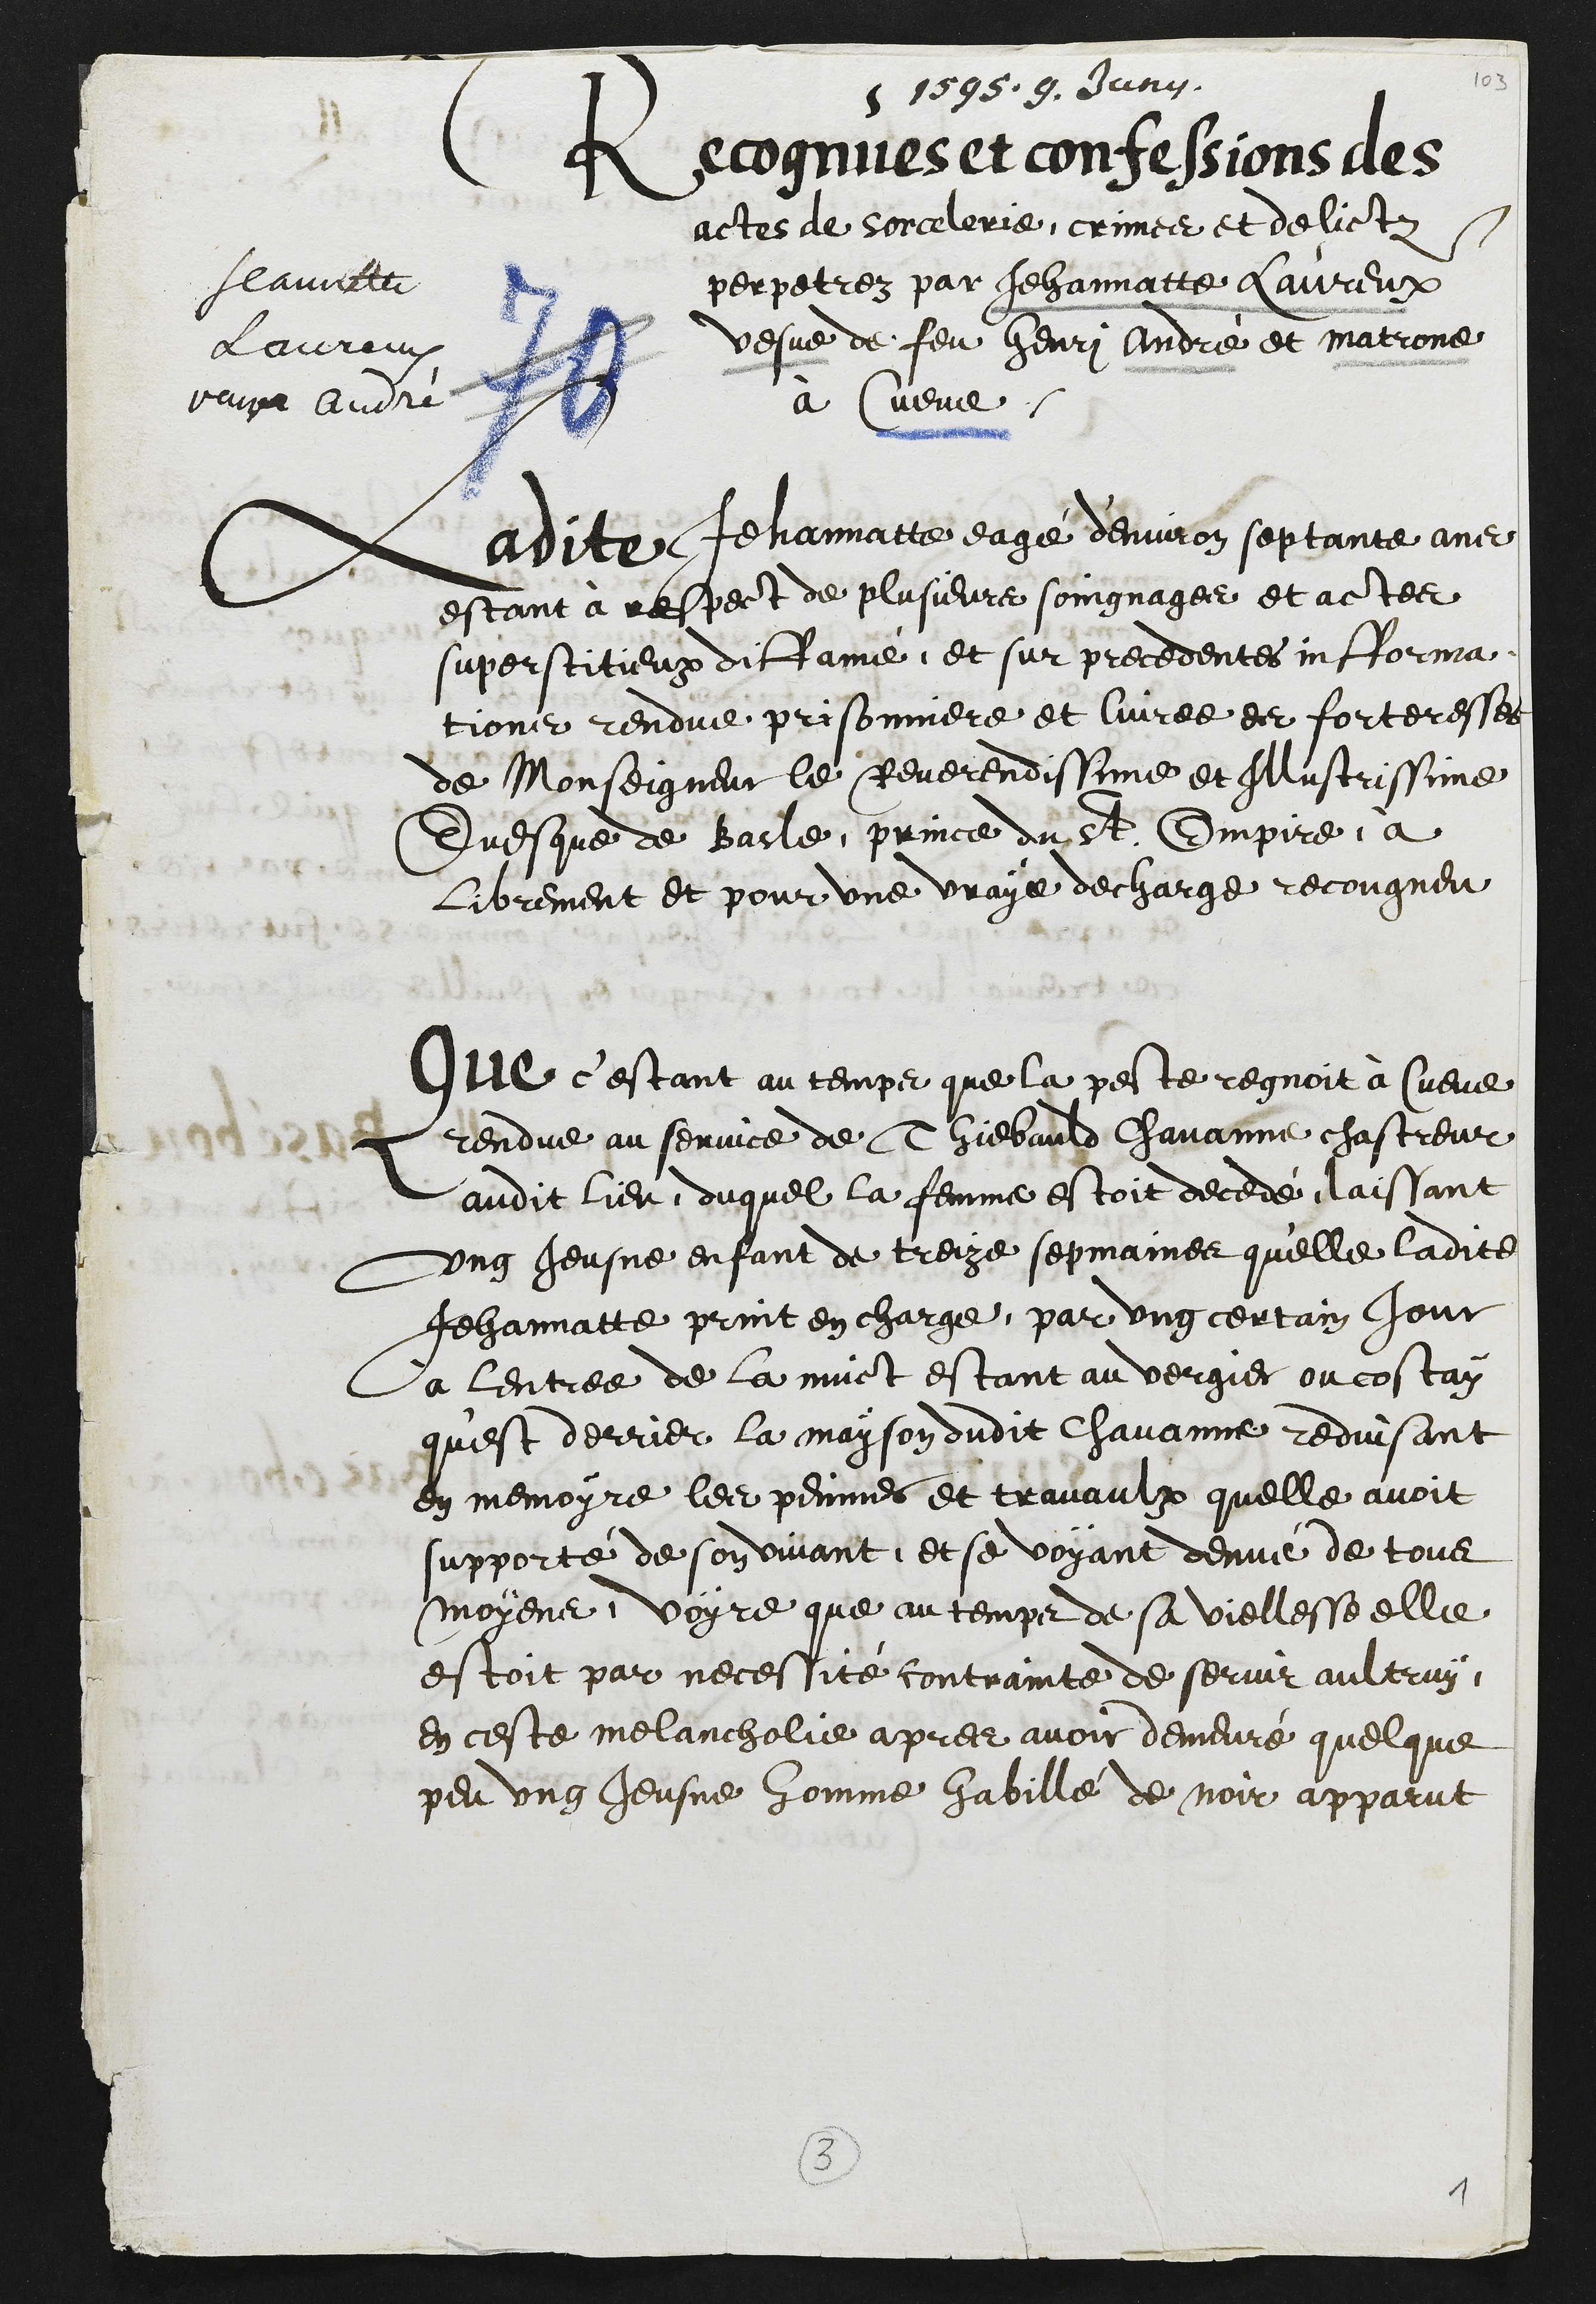
1595. 9. Junii.
Jeannette
Laureux
veuve André
Recognues et confessions des
actes de sorcelerie, crimes et delictz
perpetrez par Jehannatte Laureux
vesve de feu Henri André et matrone
à Cueve.
Ladite Jehannatte, eagé d'environ septante ans
estant à respect de plusieurs soingnages et actes
supertitieux diffamé, et sur precedentes infforma-
tions rendue prisonniere et livree es forteresses
de Monseigneur le Reverendissime et Illustrissime
Evesque de Basle, prince du St. Empire, à
librement et pour une vraye decharge recongneu
Que c'estant au temps que la peste regnoit à Cueve
rendue au service de Thiebauld Chavanne chastreur
audit lieu, duquel la femme estoit decedé laissant
ung Jeusne enfant de treize sepmaines qu'elle ladite
Jehannatte print en charge, par ung certain jour
à lentree de la nuict estant au vergier ou costay
qu'est derrier la mayson dudit Chavanne reduisant
en memoyre les peinnes et travaulx quelle avoit
supporté de son vivant, et se voyant denué de tous
moyens, voyre que au temps de sa viellesse elle
estoit par necessité contrainte de servir aultruy,
en ceste melancholie apres avoir demeuré quelque
peu ung Jeusne homme habillé de noir apparut

3
1